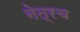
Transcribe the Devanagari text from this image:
नेत्रच